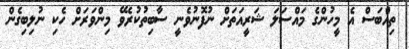
ތިއްބަސް އެ މީހުންގެ މައްސަލަ ޝަރީއަތަށް ނުފޮނުވެނީ ސާބިތުކުރެވޭ މިންވަރަށް ހެކި ނުލިބިގެން